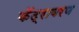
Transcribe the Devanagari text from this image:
केंद्रावरण